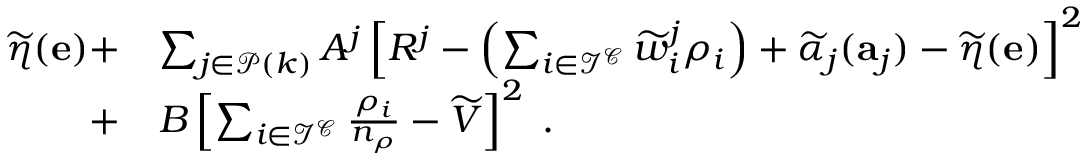
\begin{array} { r l } { \widetilde { \eta } ( \mathbf { e } ) + } & { \sum _ { j \in \mathcal { P } ( k ) } A ^ { j } \left[ R ^ { j } - \left( \sum _ { i \in \mathcal { I ^ { C } } } \widetilde { w } _ { i } ^ { j } \rho _ { i } \right) + \widetilde { \alpha } _ { j } ( \mathbf { a } _ { j } ) - \widetilde { \eta } ( \mathbf { e } ) \right] ^ { 2 } } \\ { + } & { B \left[ \sum _ { i \in \mathcal { I ^ { C } } } \frac { \rho _ { i } } { n _ { \rho } } - \widetilde { V } \right] ^ { 2 } \; . } \end{array}